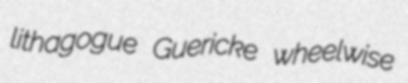
lithagogue Guericke wheelwise